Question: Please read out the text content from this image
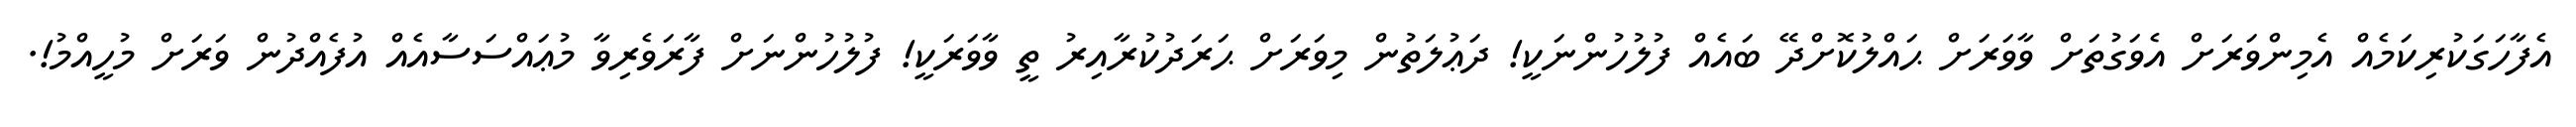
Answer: އެފާހަގަކުރިކަމެއް އެމިންވަރަށް އެވަގުތަށް ވާވަރަށް ޙައްލުކޮށްދޭ ބައެއް ފުލުހުންނަކީ! ދަޢުލަތުން މިވަރަށް ޙަރަދުކުރާއިރު ތީ ވާވަރަކީ! ފުލުހުންނަށް ފާރަވެރިވާ މުޢައްސަސާއެއް އުފެއްދުން ވަރަށް މުހީއްމު!.